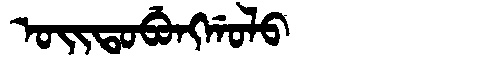
Manchu: ᠣᡳᡨᠣᠪᡠᠩᡤᠣᠯᠣ
Romanization: OITOBUNGGOLO